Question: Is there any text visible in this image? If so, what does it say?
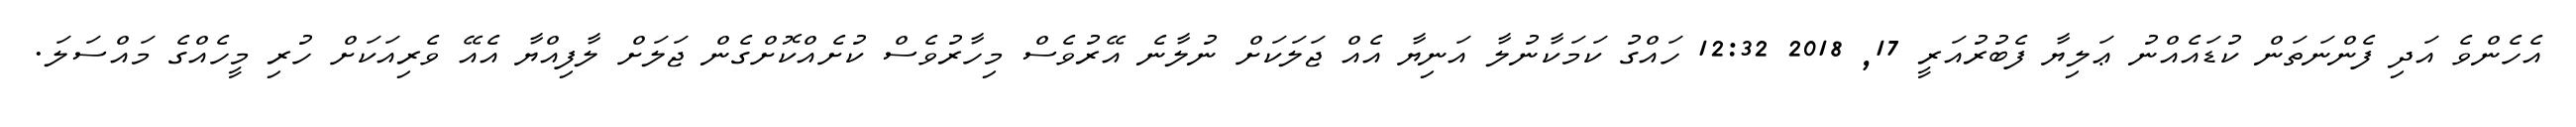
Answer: އެހެންވެ އަދި ފެންނަތަން ކުޑައެއްނު ޢަލިޔާ ފެބުރުއަރީ 17, 2018 12:32 ހައްގު ކަމަކާނުލާ އަނިޔާ އެއް ޖަލަކަށް ނުލާނެ އޭރުވެސް މިހާރުވެސް ކުށެއްކޮށްގެން ޖަލަށް ލާފިއްޔާ އެއޭ ވެރިއަކަށް ހުރި މީހެއްގެ މައްސަލަ.